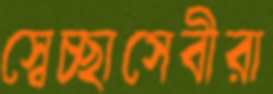
স্বেচ্ছাসেবীরা